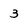
Character: 3